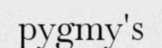
pygmy's